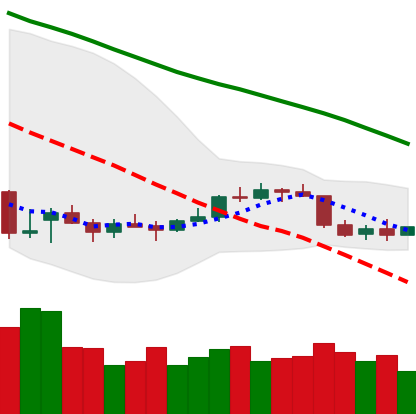
Ticker: ETC-USD
Chart end date: 2022-01-01
Forward return: -9.199%
Label: down_7plus